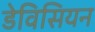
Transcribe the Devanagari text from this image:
डेविसियन